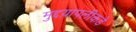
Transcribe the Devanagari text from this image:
मुद्दय़ापलीकडे